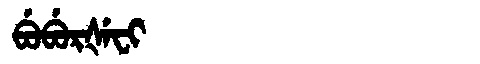
Manchu: ᠪᡠᠪᡠᡵᡧᡝᠸᡳ
Romanization: BUBURŠEFI